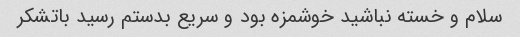
سلام و خسته نباشید خوشمزه بود و سریع بدستم رسید باتشکر